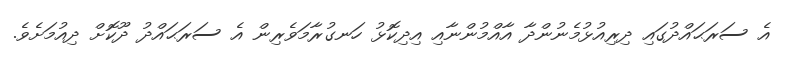
އެ ސަރަޙައްދުގައި ދިރިއުޅުމެނުންދާ އާއްމުންނާއި އިދިކޮޅު ހަނގުރާމަވެރިން އެ ސަރަޙައްދު ދޫކޮށް ދިއުމަށެވެ.